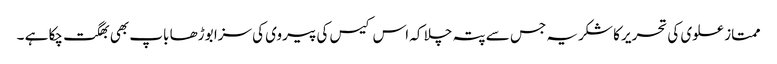
ممتاز علوی کی تحریر کا شکریہ جس سے پتہ چلا کہ اس کیس کی پیروی کی سزا بوڑھا باپ بھی بھگت چکا ہے ۔